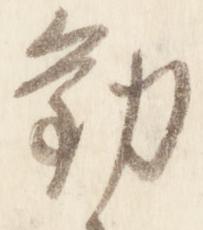
勧